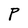
Character: P